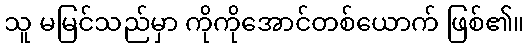
သူ မမြင်သည်မှာ ကိုကိုအောင်တစ်ယောက် ဖြစ်၏။